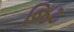
જિટ